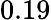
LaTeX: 0.19